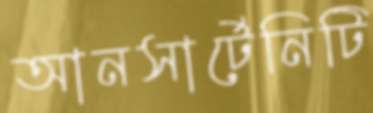
আনসার্টেনিটি